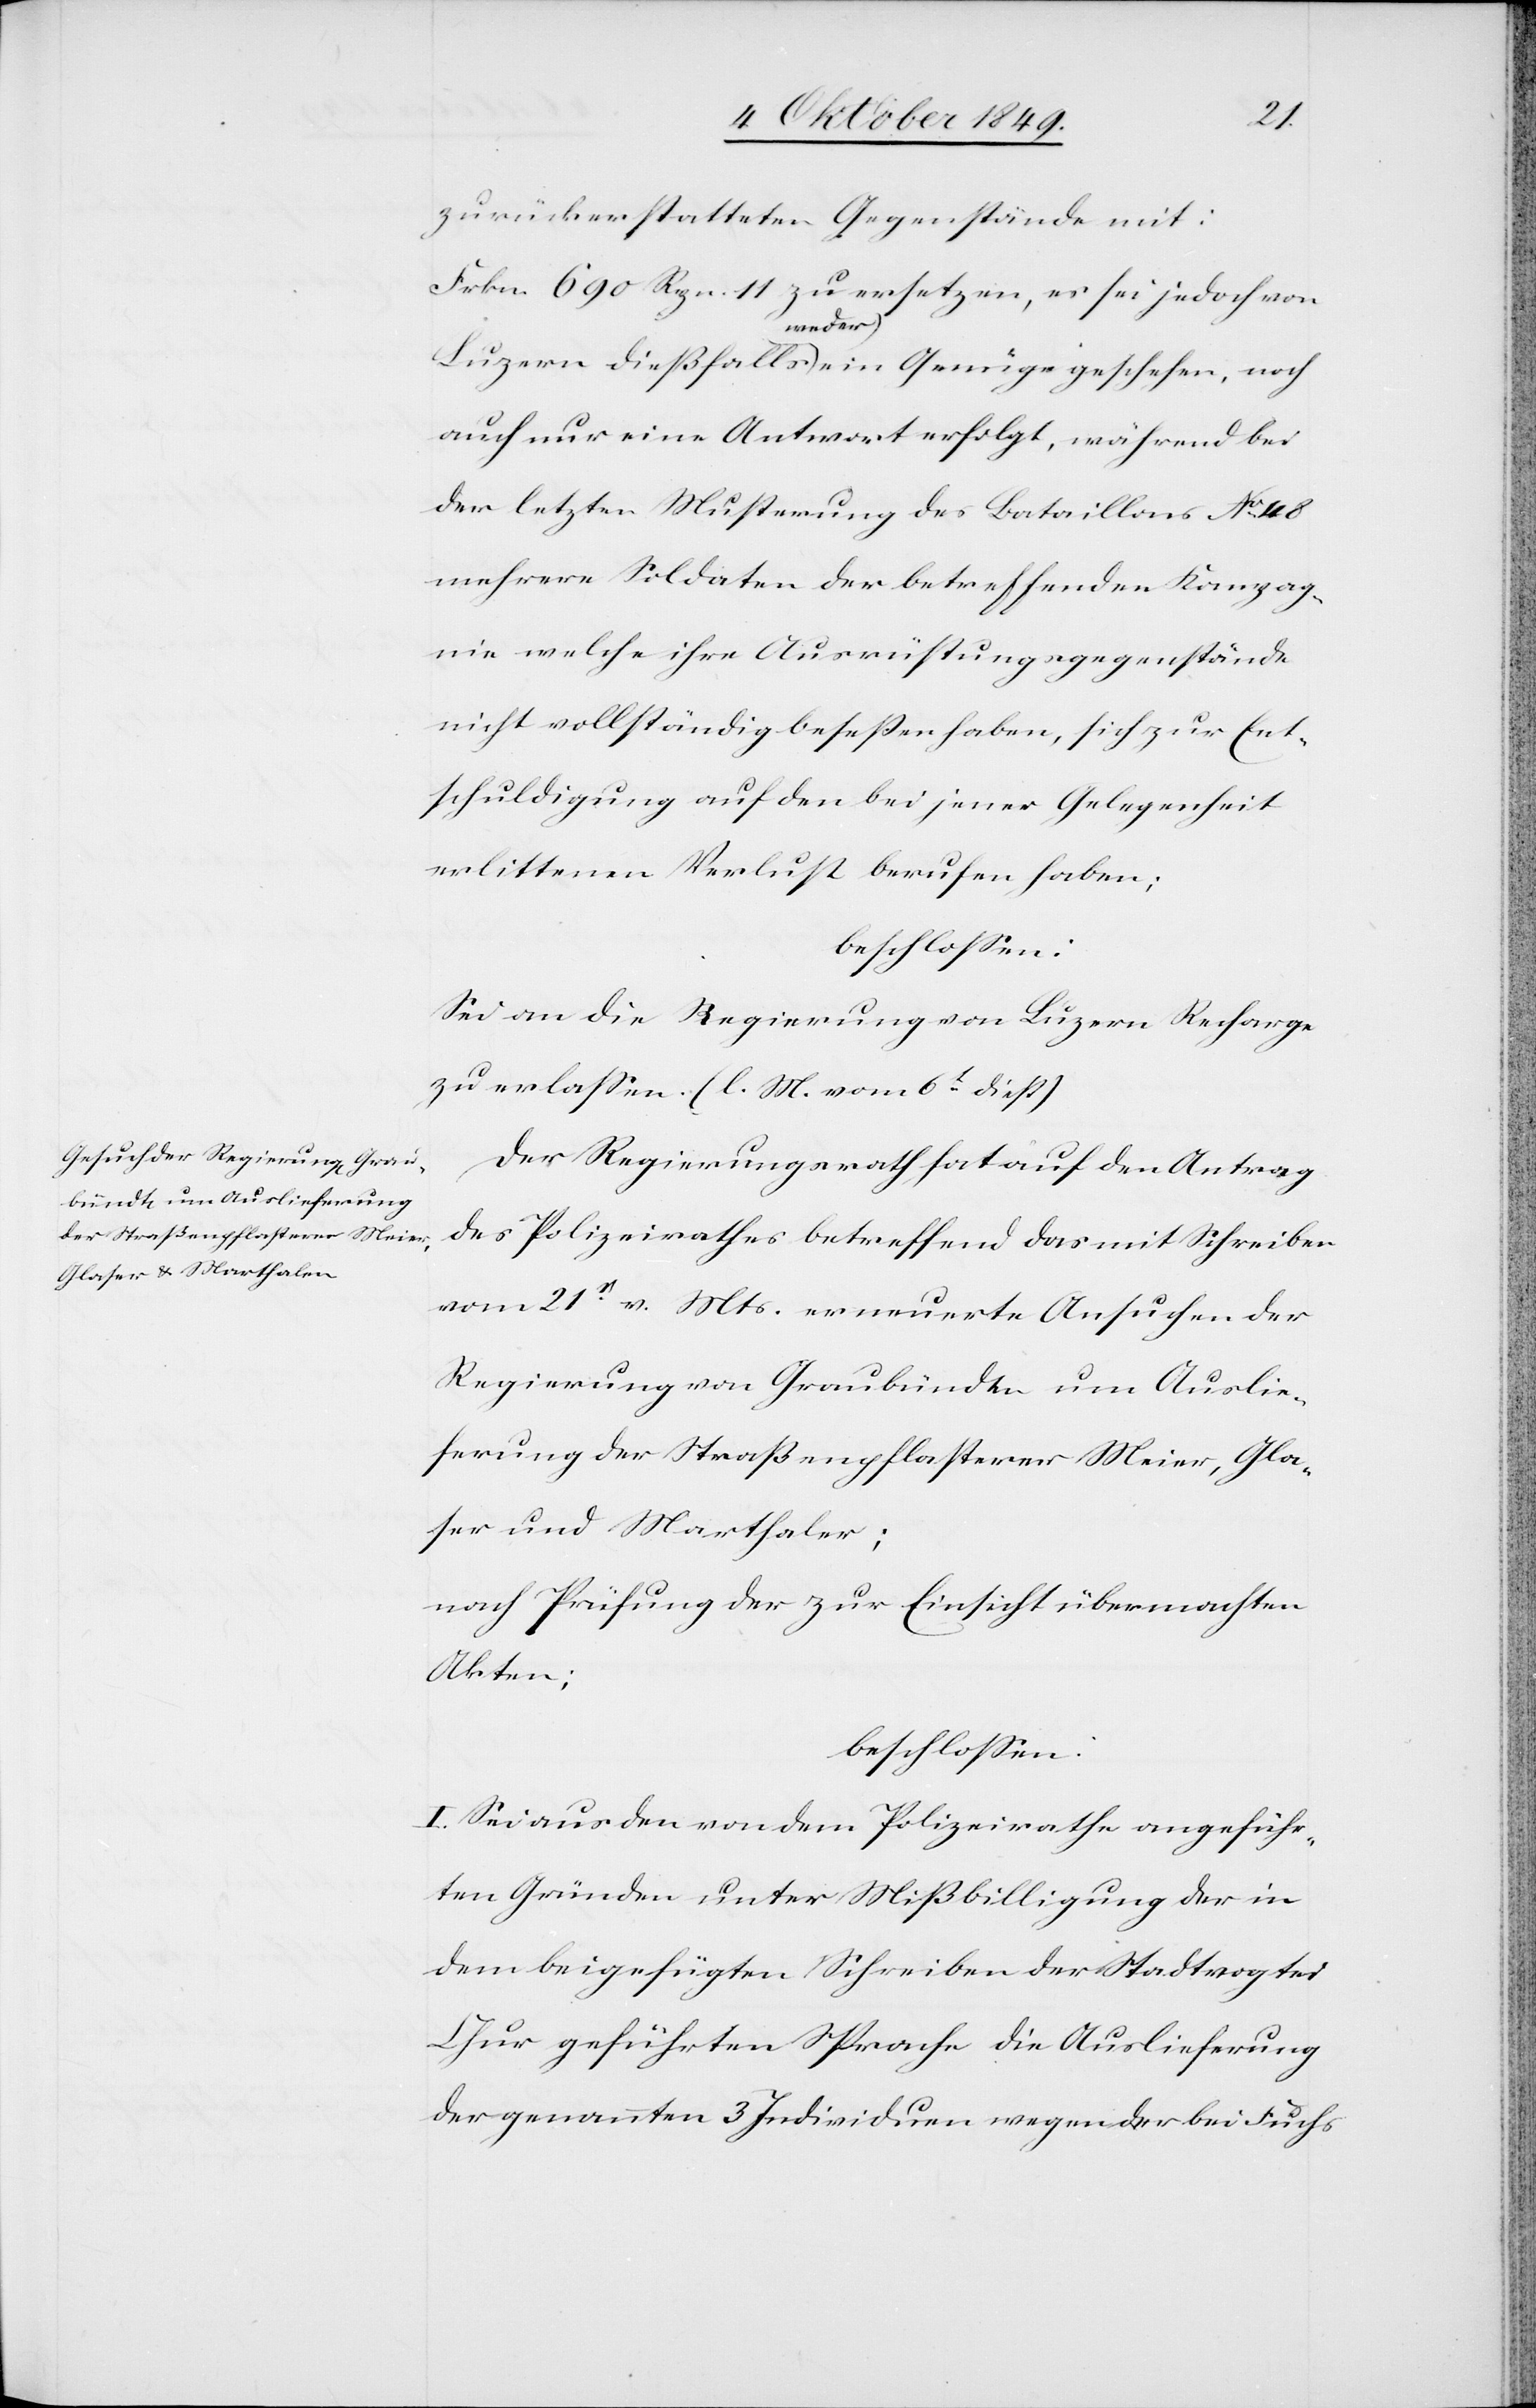
zurückerstatteten Gegenstände mit:
Frkn. 690 Rpn. 11 zu ersetzen, es sei jedoch von
Luzern dießfalls weder ein Genüge geschehen, noch
auch nur eine Antwort erfolgt, während bei
der letzten Musterung des Bataillons N° 48
mehrere Soldaten der betreffenden Kompag¬
nie welche ihre Ausrüstungsgegenstände
nicht vollständig beseßen haben, sich zur Ent¬
schuldigung auf den bei jener Gelegenheit
erlittenen Verlust berufen haben;
beschloßen:
Sei an die Regierung von Luzern Recharge
zu erlaßen. [l. M. vom 6t dieß]
Der Regierungsrath hat auf den Antrag
des Polizeirathes betreffend das mit Schreiben
vom 21t v. Mts. erneuerte Ansuchen der
Regierung von Graubündten um Auslie¬
ferung der Straßenpflasterer Meier, Gla¬
ser und Marthaler;
nach Prüfung der zur Einsicht übermachten
Akten;
beschloßen:
I. Sei aus den von dem Polizeirathe angeführ¬
ten Gründen unter Mißbilligung der in
dem beigefügten Schreiben der Stadtvogtei
Chur geführten Sprache die Auslieferung
der genannten 3 Individuen wegen der bei Fuchs